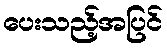
ပေးသည့်အပြင်